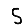
Digit: 5